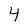
Character: 4